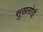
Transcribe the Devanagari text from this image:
सुखसोई